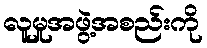
လူမှုအဖွဲ့အစည်းကို